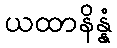
ယထာနိန္နံ